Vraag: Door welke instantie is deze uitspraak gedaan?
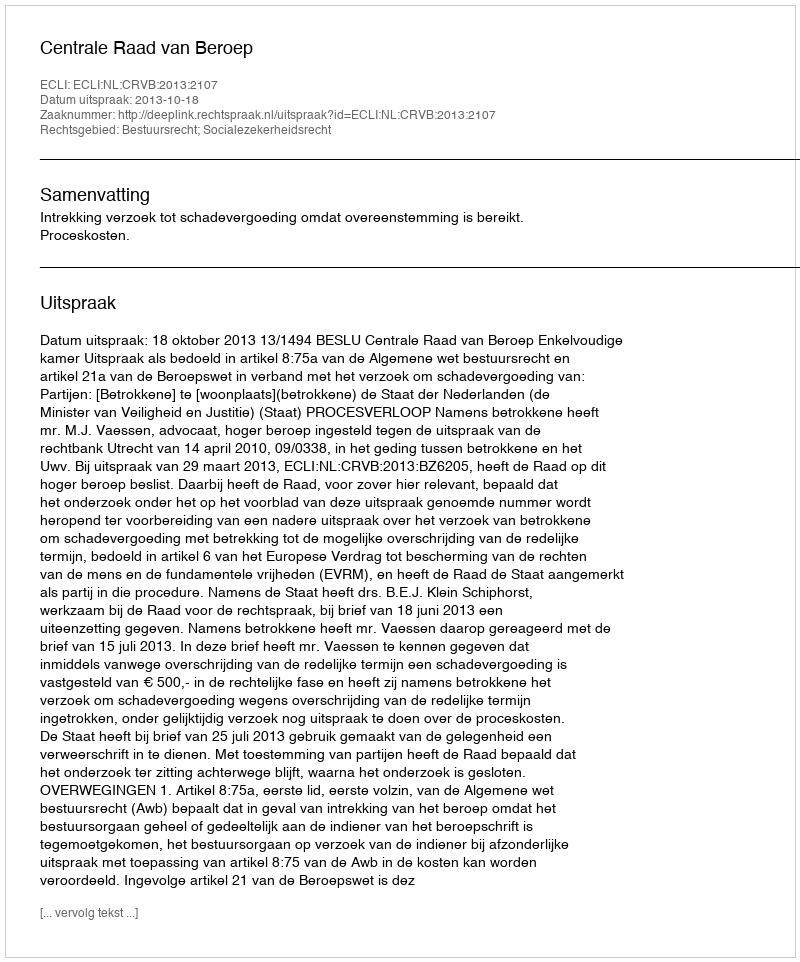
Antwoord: Centrale Raad van Beroep